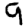
Digit: 9